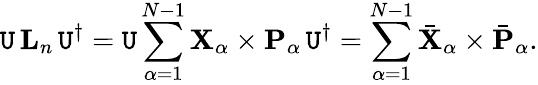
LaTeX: \mathtt{U}\, {\mathbf{{L}}}_{n}\, \mathtt{U}^{\dagger}=\mathtt{U}\sum_{\alpha=1}^{N-1}{\mathbf{{X}}}_{\alpha}\times{\mathbf{{P}}}_{\alpha}\, \mathtt{U}^{\dagger}=\sum_{\alpha=1}^{N-1}\bar{{\mathbf{{X}}}}_{\alpha}\times\bar{{\mathbf{{P}}}}_{\alpha}.